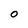
Character: O